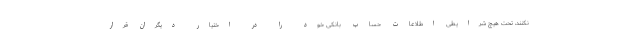
نکنند، تحت هیچ شرایطی اطلاعات حساب بانکی خود را در اختیار دیگران قرار